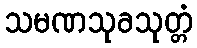
သမဏသုခသုတ္တံ